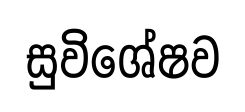
සුවිශේෂව